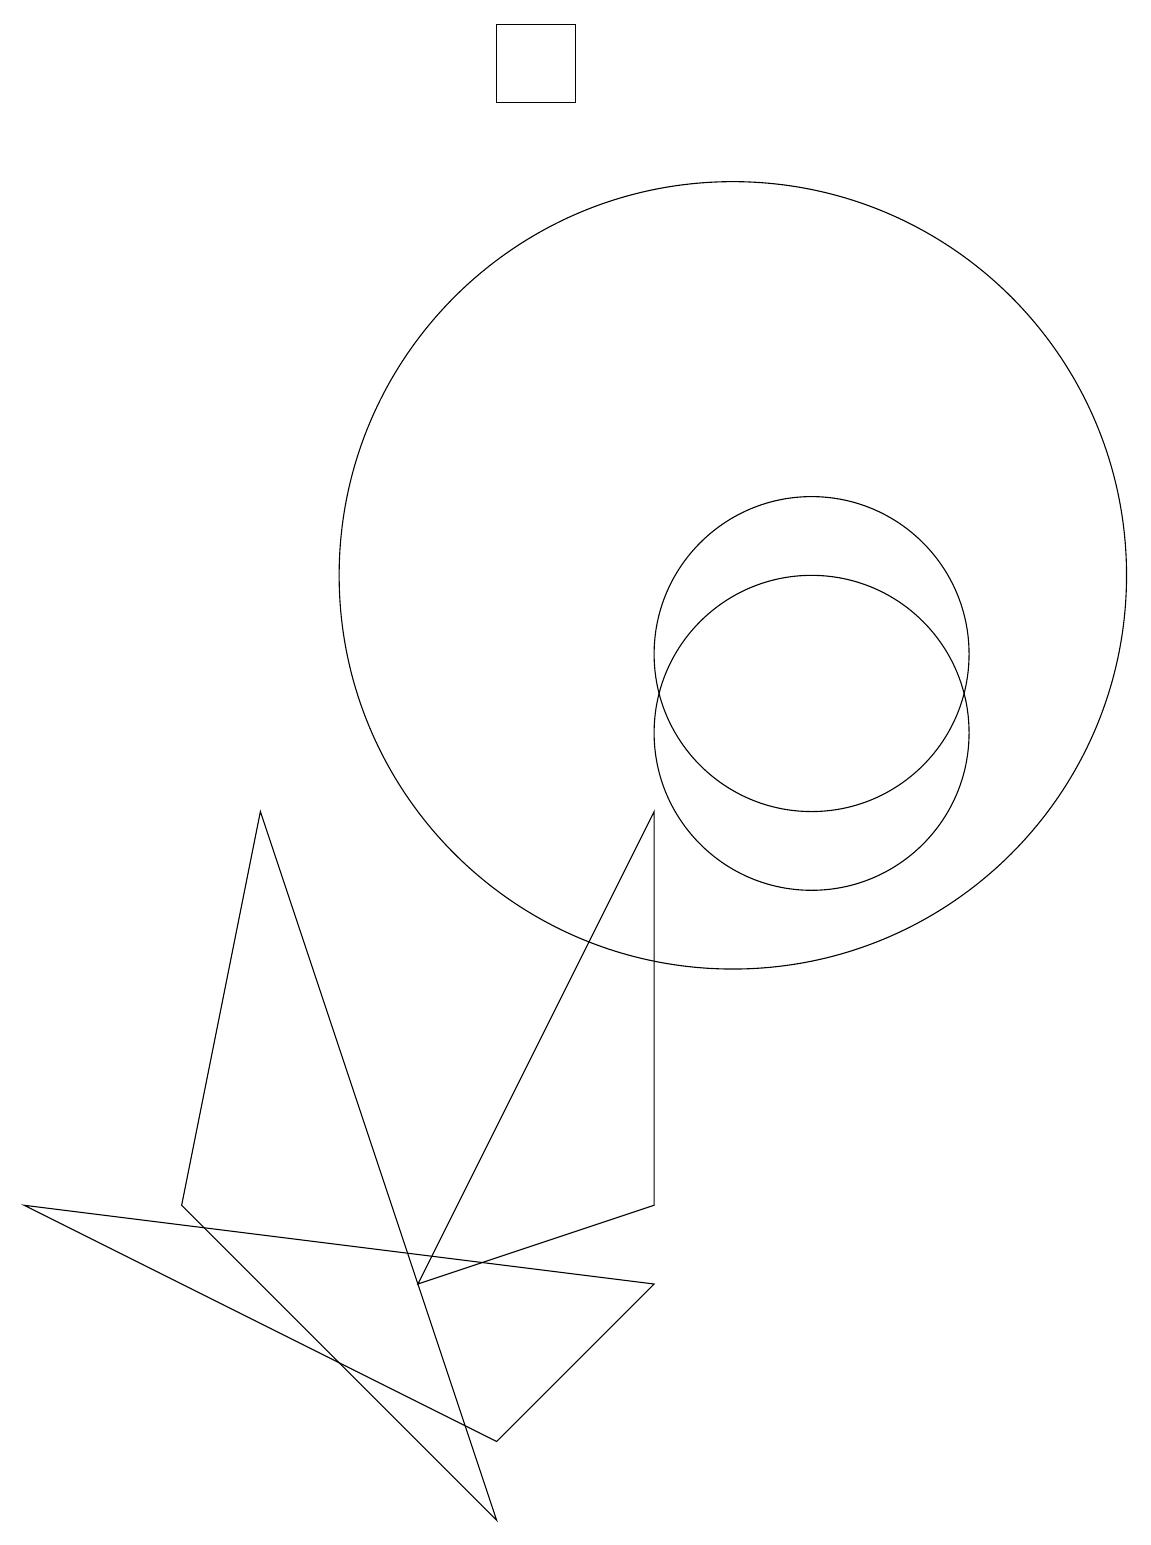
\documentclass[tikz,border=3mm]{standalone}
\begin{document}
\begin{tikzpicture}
\draw (7,0) -- (3,4) -- (4,9) -- cycle;
\draw (6,3) -- (9,9) -- (9,4) -- cycle;
\draw (11,10) circle (2);
\draw (7,19) rectangle (8,18);
\draw (10,12) circle (5);
\draw (9,3) -- (7,1) -- (1,4) -- cycle;
\draw (11,11) circle (2);
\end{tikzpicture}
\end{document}